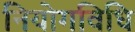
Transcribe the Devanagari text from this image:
नियोगविधि